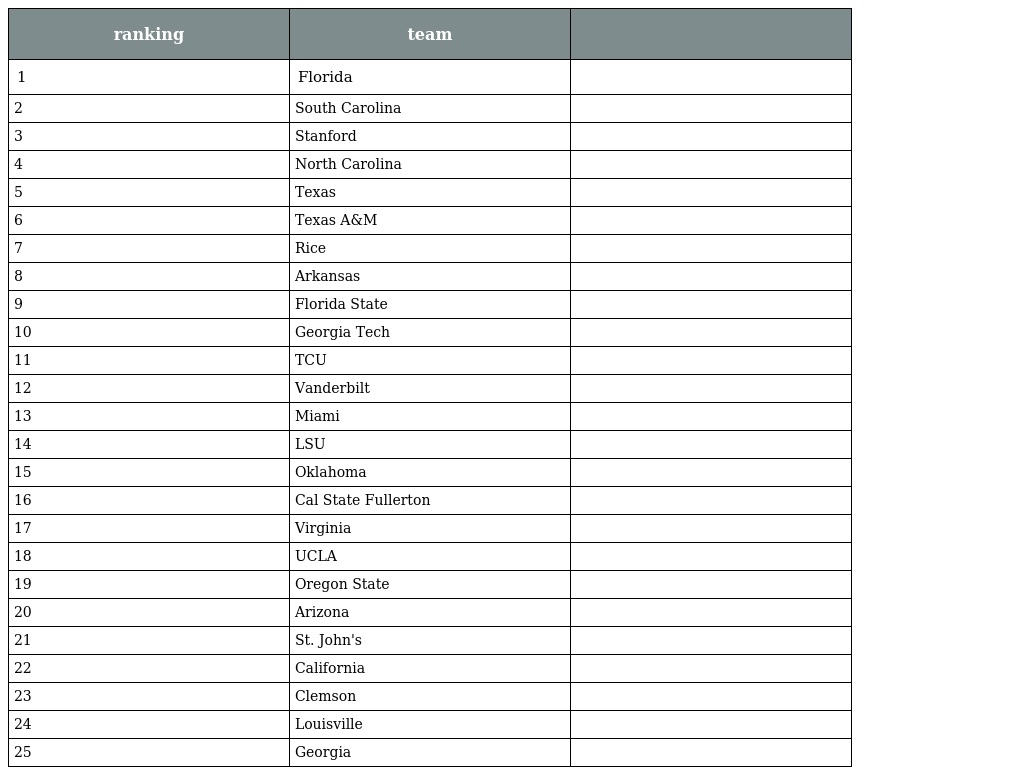
| ranking | team |  |
 | --- | --- | --- |
 | 1 | Florida |  |
 | 2 | South Carolina |  |
 | 3 | Stanford |  |
 | 4 | North Carolina |  |
 | 5 | Texas |  |
 | 6 | Texas A&M |  |
 | 7 | Rice |  |
 | 8 | Arkansas |  |
 | 9 | Florida State |  |
 | 10 | Georgia Tech |  |
 | 11 | TCU |  |
 | 12 | Vanderbilt |  |
 | 13 | Miami |  |
 | 14 | LSU |  |
 | 15 | Oklahoma |  |
 | 16 | Cal State Fullerton |  |
 | 17 | Virginia |  |
 | 18 | UCLA |  |
 | 19 | Oregon State |  |
 | 20 | Arizona |  |
 | 21 | St. John's |  |
 | 22 | California |  |
 | 23 | Clemson |  |
 | 24 | Louisville |  |
 | 25 | Georgia |  |